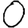
Digit: 0